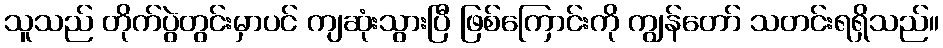
သူသည် တိုက်ပွဲတွင်းမှာပင် ကျဆုံးသွားပြီ ဖြစ်ကြောင်းကို ကျွန်တော် သတင်းရရှိသည်။